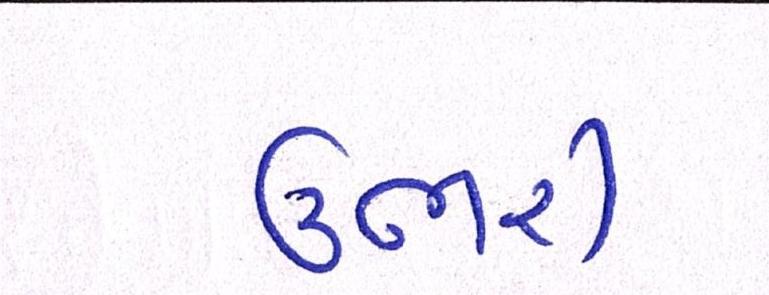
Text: ઉભરી